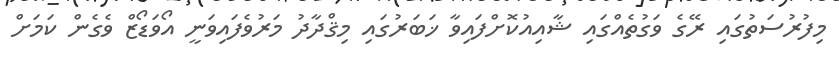
މިފުރުސަތުގައި ރޭގެ ވަގުތެއްގައި ޝާއިއުކޮށްފައިވާ ޚަބަރުގައި މިޤްދާދު މަރުވެފައިވަނީ އޯވަޑޯޒް ވެގެން ކަމަށް